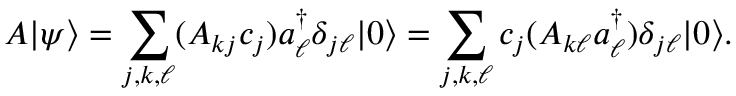
A | \psi \rangle = \sum _ { j , k , \ell } ( A _ { k j } c _ { j } ) a _ { \ell } ^ { \dagger } \delta _ { j \ell } | 0 \rangle = \sum _ { j , k , \ell } c _ { j } ( A _ { k \ell } a _ { \ell } ^ { \dagger } ) \delta _ { j \ell } | 0 \rangle .